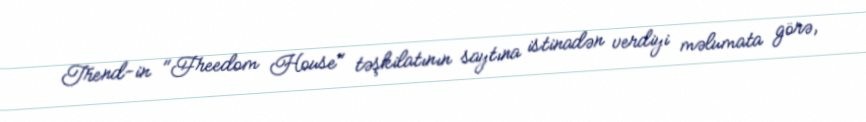
Trend-in "Freedom House" təşkilatının saytına istinadən verdiyi məlumata görə,